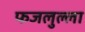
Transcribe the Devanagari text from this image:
फजलुल्ला